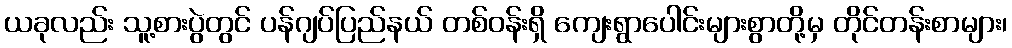
ယခုလည်း သူ့စားပွဲတွင် ပန်ဂျပ်ပြည်နယ် တစ်ဝန်းရှိ ကျေးရွာပေါင်းများစွာတို့မှ တိုင်တန်းစာများ၊